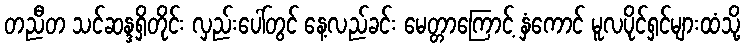
တညီတ သင်ဆန္ဒရှိတိုင်း လှည်းပေါ်တွင် နေ့လည်ခင်း မေတ္တာကြောင့် နှံကောင် မူလပိုင်ရှင်များထံသို့